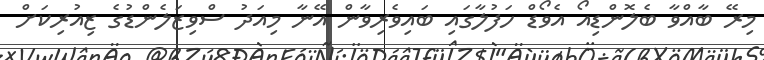
މިރޭ ބާއްވާ ބެލޮންޑިއޯ އެވޯޑް ހަފުލާގައި ބައިވެރިވާން އޭނާ މިއަދު ސްވިޒަލެންޑުގެ ޒިއުރިކަށް